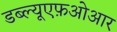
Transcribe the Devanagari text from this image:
डब्ल्यूएफ़ओआर